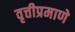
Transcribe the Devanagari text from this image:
वृत्तीप्रमाणे